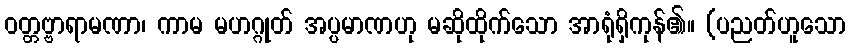
ဝတ္တဗ္ဗာရာမဏာ၊ ကာမ မဟဂ္ဂုတ် အပ္ပမာဏဟု မဆိုထိုက်သော အာရုံရှိကုန်၏။ (ပညတ်ဟူသော